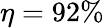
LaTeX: \eta=92\%